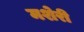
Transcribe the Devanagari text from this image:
मशेरी